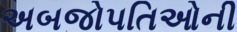
અબજોપતિઓની